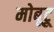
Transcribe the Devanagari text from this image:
मोबूटू